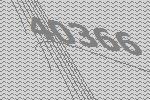
40366